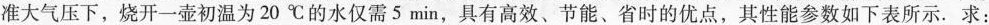
准大气压下，烧开一壶初温为20℃的水仅需5min，具有高效、节能、省时的优点，其性能参数如下表所示。求：